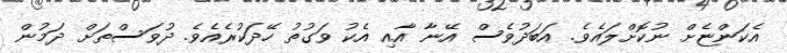
އެކަންޏެށް ނުކޮށްލައެވެ. އަބަދުވެސް އޭނާ އާއި އެކު ވަގުތު ހޭދަކުރެއެވެ. ދުވަސްތަށް ދަމުން